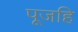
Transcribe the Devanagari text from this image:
पूजहि